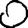
Digit: 0